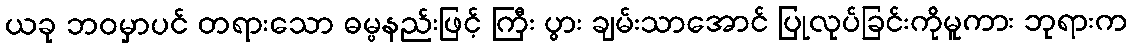
ယခု ဘဝမှာပင် တရားသော ဓမ္မနည်းဖြင့် ကြီး ပွား ချမ်းသာအောင် ပြုလုပ်ခြင်းကိုမူကား ဘုရားက